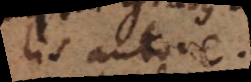
lis autore.